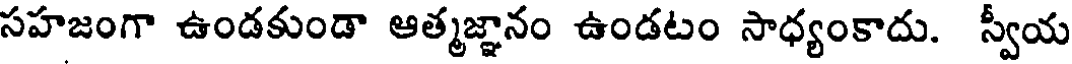
సహజంగా ఉండకుండా ఆత్మజ్ఞానం ఉండటం సాధ్యంకాదు. స్వీయ